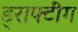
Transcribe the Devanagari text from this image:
ड्राफ्टींग